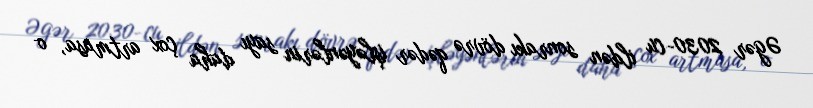
Əgər 2030-cu ildən sonrakı dövrə qədər işləyənlərin sayı daha çox artmasa, o